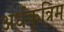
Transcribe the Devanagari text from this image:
अर्धकृत्रिम